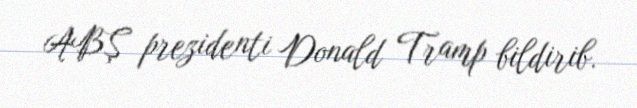
ABŞ prezidenti Donald Tramp bildirib.